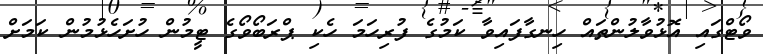
ވޯޓްގައި އޮޅުވާލުންތައް ހިނގާފައިވާ ކަމުގެ ފުރިހަމަ ހެކި ޕްރަބޯވޯގެ ޓީމުން ހުށަހެޅުމުން ކަމަށް